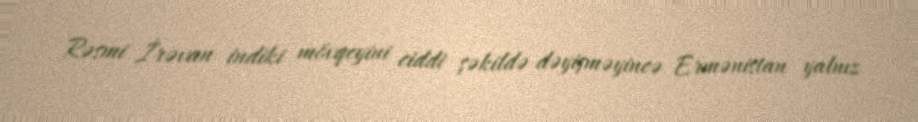
Rəsmi İrəvan indiki mövqeyini ciddi şəkildə dəyişməyincə Ermənistan yalnız